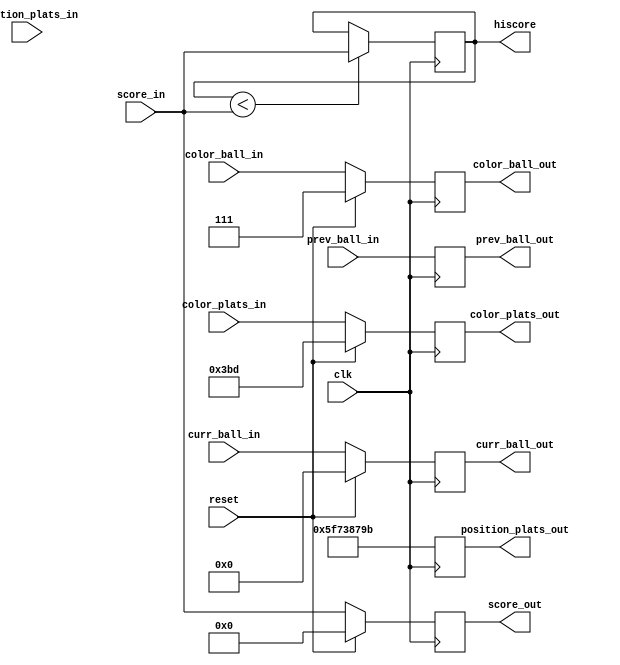
module memory(
	input clk,
    input reset,
	input[7:0] prev_ball_in,
	input[7:0] curr_ball_in,
	input[2:0] color_ball_in,
	input[11:0] color_plats_in,
	input[31:0] position_plats_in,
    input[15:0] score_in,
	output reg [7:0] prev_ball_out,
	output reg[7:0] curr_ball_out,
	output reg[2:0] color_ball_out,
	output reg[11:0] color_plats_out,
	output reg[31:0] position_plats_out,
    output reg[15:0] score_out,
	 output reg[15:0] hiscore
	);
	
	always@(posedge clk)
	begin
		//position_plats_out <= 28'b0100011011110010101011101110;
		position_plats_out <= 32'b01011111011100111000011110011011;
		if (hiscore < score_in) hiscore <= score_in; 
        if (reset == 0) begin
            prev_ball_out <= prev_ball_in;
            curr_ball_out <= curr_ball_in;
            color_ball_out <= color_ball_in;
            color_plats_out <= color_plats_in;

			// new positions: 80 100 120 140
			// new up counter: 65
            score_out <= score_in;
         end else begin
            prev_ball_out <= prev_ball_in;
            curr_ball_out <= 0;
            color_ball_out <= 3'b111;
            color_plats_out <= 12'b001110111101;
//          position_plats_out <=  28'b0011110011110010110101100100;
				score_out <= 0;
            //score_out <= 0;
         end
	end
endmodule